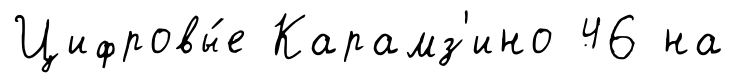
Цифровы́е Карамз'ино 46 на